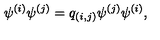
\psi ^ { ( i ) } \psi ^ { ( j ) } = q _ { ( i , j ) } \psi ^ { ( j ) } \psi ^ { ( i ) } ,